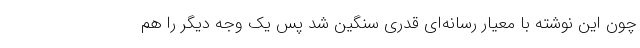
چون این نوشته با معیار رسانه‌ای قدری سنگین شد پس یک وجه دیگر را هم